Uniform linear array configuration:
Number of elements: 24
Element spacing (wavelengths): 1
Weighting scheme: uniform
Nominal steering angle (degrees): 45
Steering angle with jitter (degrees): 45.865
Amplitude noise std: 0.05
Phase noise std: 0.05

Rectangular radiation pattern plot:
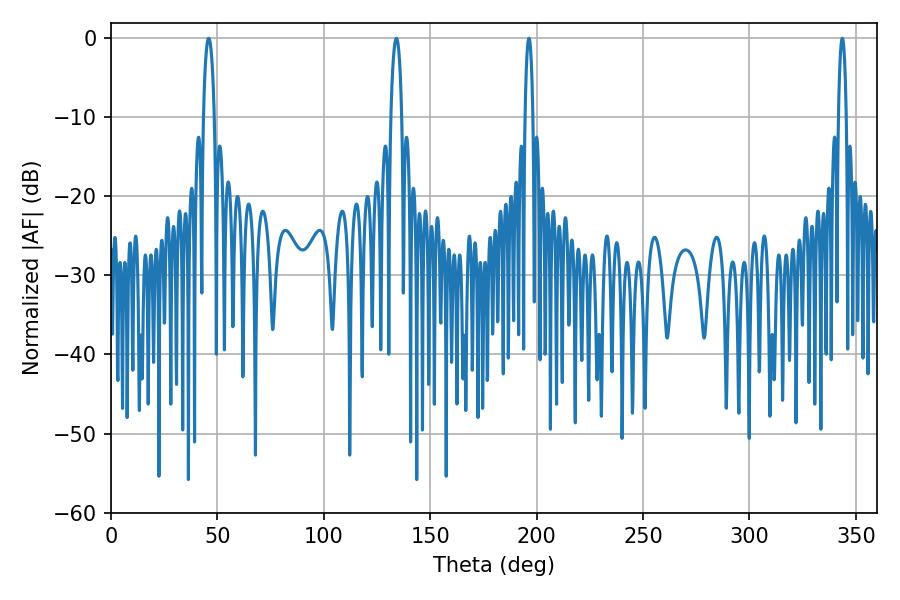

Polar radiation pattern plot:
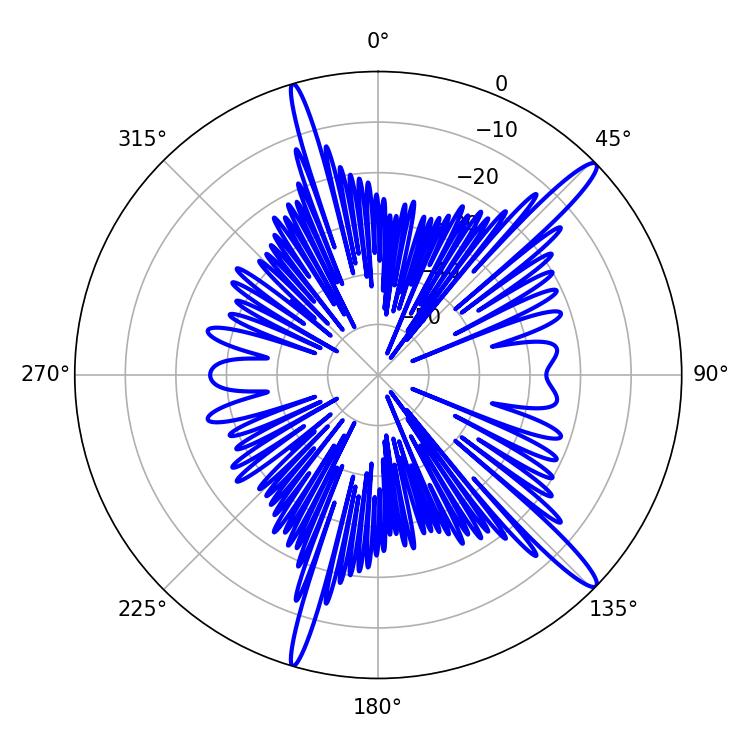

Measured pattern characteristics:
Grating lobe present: TRUE
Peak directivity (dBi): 15.122
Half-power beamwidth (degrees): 2.88
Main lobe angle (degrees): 45.9